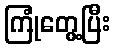
ကြုံတွေ့ပြီး